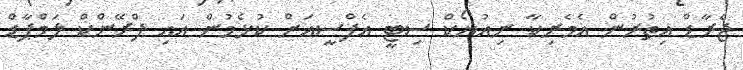
ޖެރާޑް އިތުރުން އެމެރިކާ ނިއުޔޯކް ސިޓީ އެފްސީއަށް ކުޅެމުން އައި ފްރޭންކް ލަމްޕާޑް